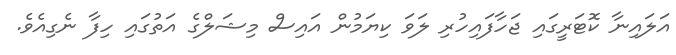
އަލައިނާ ކޮޓަރީގައި ޖަހާފައިހުރި ލަވަ ކިޔަމުން އައިސް މިޝަލްގެ އަތުގައި ހިފާ ނެގިއެވެ.